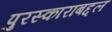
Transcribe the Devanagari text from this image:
पुरस्काराबद्दल